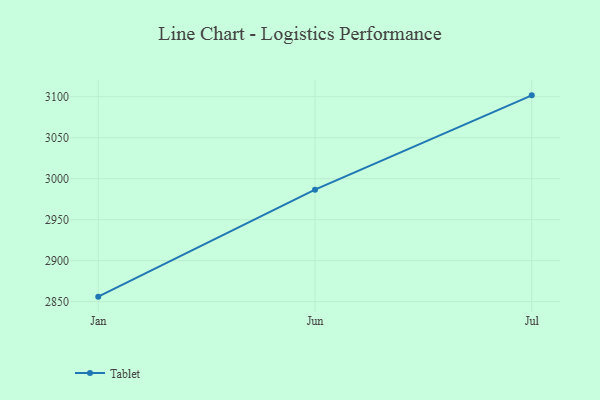
{"axis": {"x": "Month", "y": "Energy Usage (MWh)"}, "legend": ["Tablet"], "data": [{"x": "Jan", "y": 2856.1, "type": "Tablet"}, {"x": "Jun", "y": 2986.6, "type": "Tablet"}, {"x": "Jul", "y": 3101.7, "type": "Tablet"}]}